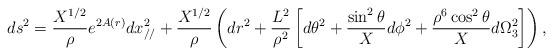
LaTeX: \begin{align*}ds^2=\frac{X^{1/2}}{\rho}e^{2A(r)} dx_{//}^2 +\frac{X^{1/2}}{\rho}\left(dr^2+\frac{L^2}{\rho^2}\left[d\theta^2+\frac{\sin^2\theta}{X}d\phi^2+\frac{\rho^6\cos^2\theta}{X}d\Omega^2_3\right] \right),\end{align*}